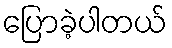
ပြောခဲ့ပါတယ်